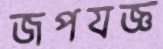
জপযজ্ঞ